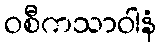
ဝစီကသာဝါနံ